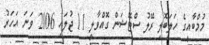
މުމްބާއީގެ ހަލަބޮލި ރޭލު ސްޓޭޝަން ގޮއްވާލީ 11 ޖުލައި 2006 ވަނަ އަހަރު